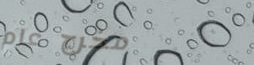
مخرج عام